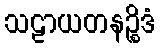
သဠာယတနဉ္စိဒံ